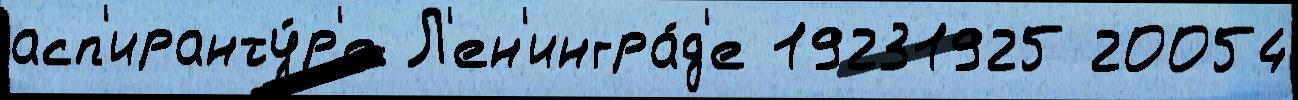
асп'иранту́р'е Л'ен'ингра́д'е 19231925 20054